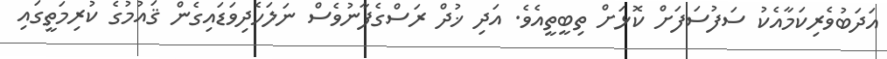
އަދަބުވެރިކަމާއެކު ސަފުސަފަށް ކޮޅަށް ތިބީތީއެވެ. އަދި ޚުދް ރަސްގެފާނުވެސް ނަލަހެދިވަޑައިގެން ޤައުމުގެ ކުރިމަތީގައި